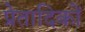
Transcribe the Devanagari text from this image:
प्रेतादिकों